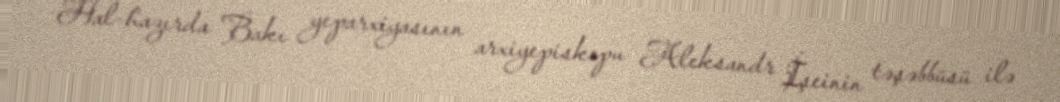
Hal-hazırda Bakı yeparxiyasının arxiyepiskopu Aleksandr İşeinin təşəbbüsü ilə